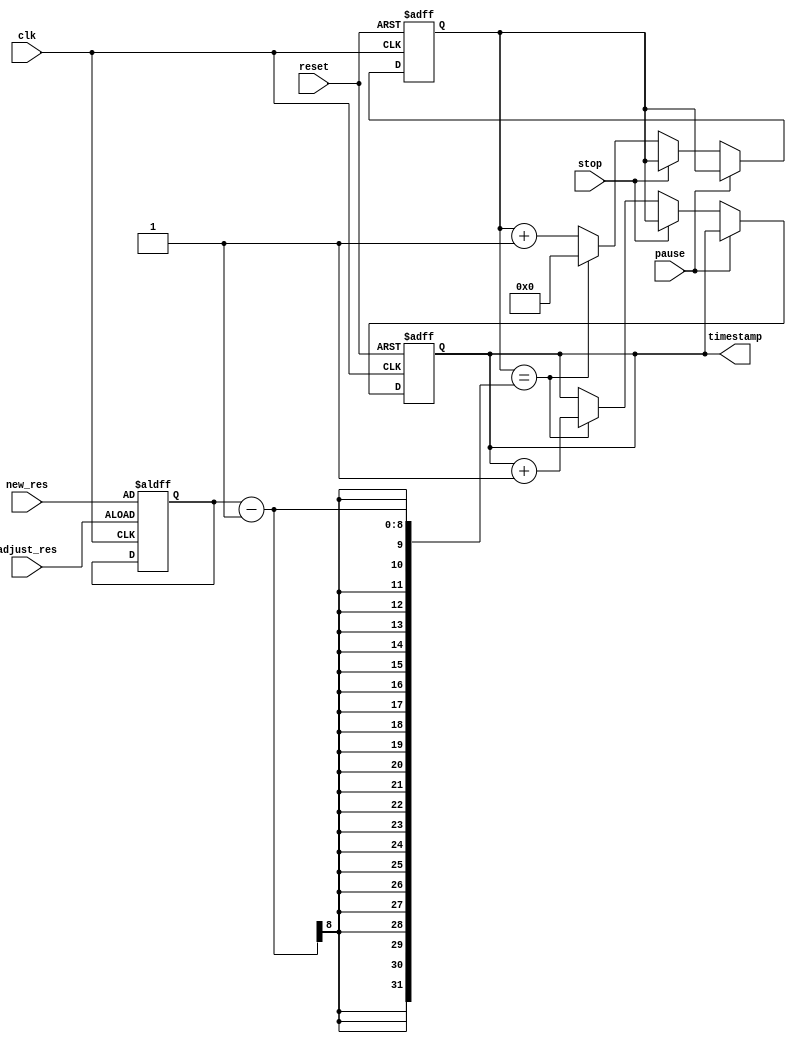
module time_stamp_timer (
    input wire clk,
    input wire reset,
    input wire pause,
    input wire stop,
    input wire adjust_res,
    input wire [7:0] new_res,
    output reg [31:0] timestamp
);

reg [31:0] counter;
reg [7:0] resolution;

always @ (posedge clk or posedge reset) begin
    if (reset) begin
        counter <= 32'h0;
        timestamp <= 32'h0;
    end else begin
        if (pause) begin
            // do nothing
        end else if (stop) begin
            timestamp <= counter;
        end else begin
            counter <= counter + 1;
            if (counter == (resolution - 1)) begin
                timestamp <= timestamp + 1;
                counter <= 32'h0;
            end
        end
    end
end

always @ (posedge clk or posedge adjust_res) begin
    if (adjust_res) begin
        resolution <= new_res;
    end
end

endmodule